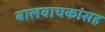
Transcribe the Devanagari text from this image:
बालवाचकांसह